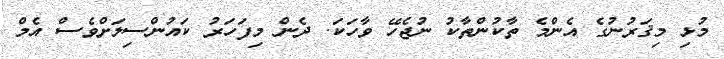
މުޅި މިޤަރުނުގެ އެންމެ ތާކުންތާކު ނުޖެހޭ ވާހަކަ. ދެން މިފަހަރު ކައުންސިލަށްވެސް އެމް